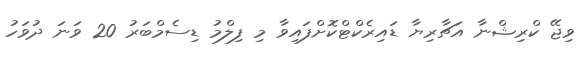
ވިޖޭ ކްރިޝްނާ އަޗާރިޔާ ޑައިރެކްޓްކޮށްފައިވާ މި ފިލްމު ޑިސެމްބަރު 20 ވަނަ ދުވަހު